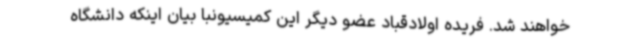
خواهند شد. فریده اولادقباد عضو دیگر این کمیسیونبا بیان اینکه دانشگاه